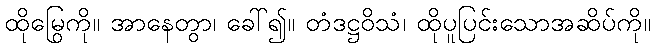
ထိုမြွေကို။ အာနေတွာ၊ ခေါ်၍။ တံဒဋ္ဌဝိသံ၊ ထိုပူပြင်းသောအဆိပ်ကို။